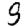
Digit: 9